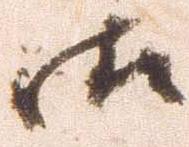
御